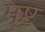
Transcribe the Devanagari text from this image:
मृष्ट